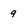
Character: 9